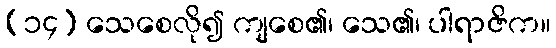
(၁၄) သေစေလို၍ ကျစေ၏၊ သေ၏၊ ပါရာဇိက။